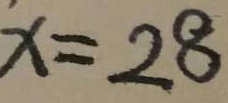
x = 2 8